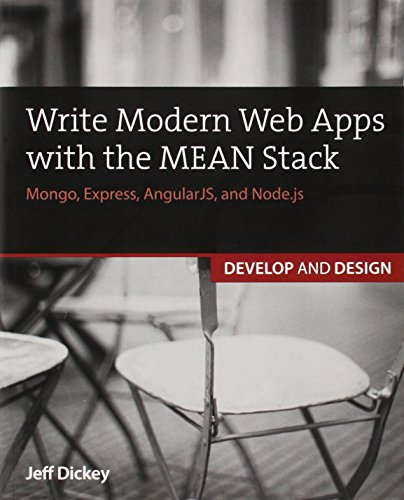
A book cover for Write Modern Web Apps with the MEAN Stack: Mongo, Express, AngularJS, and Node.js (Develop and Design); Jeff Dickey; Computers & Technology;